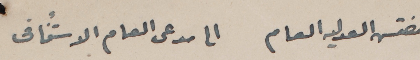
مفتس العدليه العام           الى مدعى العام الاستئنافى